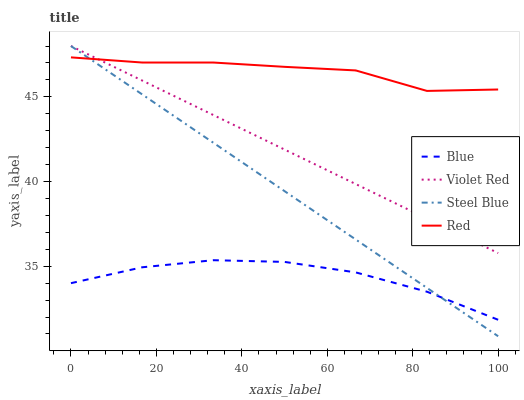
| xaxis_label | Blue | Violet Red | Steel Blue | Red |
 | --- | --- | --- | --- | --- |
 | 0 | 34 | 48 | 48 | 47.3 |
 | 16.7 | 34.9 | 46 | 45.1 | 47 |
 | 33.3 | 35.4 | 43.9 | 42.3 | 47 |
 | 50 | 35.3 | 41.9 | 39.4 | 46.8 |
 | 66.7 | 34.6 | 39.9 | 36.6 | 46.6 |
 | 83.3 | 33.5 | 37.8 | 33.7 | 45.3 |
 | 100 | 31.8 | 35.8 | 30.9 | 45.4 |